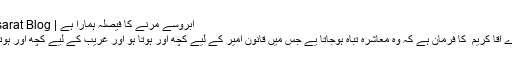
آبروسے مرنے کا فیصلہ ہمارا ہے | Jasarat Blog
میرے آقا کریم ؐ کا فرمان ہے کہ وہ معاشرہ تباہ ہوجاتا یے جس میں قانون امیر کے لیے کچھ اور ہوتا ہو اور غریب کے لیے کچھ اور ہوتا ہو۔